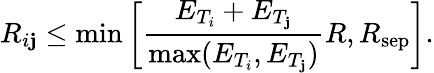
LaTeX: R_{i\mathbf{j}}\leq\mathrm{{min}}\left[\frac{{E_{T_{i}}+E_{T_{\mathbf{j}}}}}{{\mathrm{{max}}(E_{T_{i}},E_{T_{\mathbf{j}}})}}R,R_{\mathrm{{sep}}}\right].